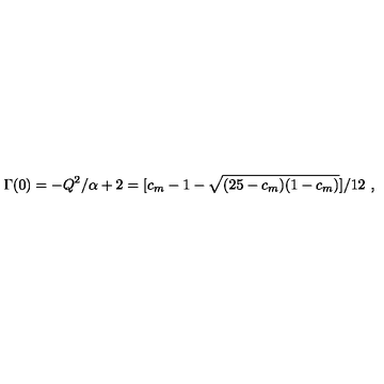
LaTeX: \Gamma ( 0 ) = - Q ^ { 2 } / \alpha + 2 = [ c _ { m } - 1 - \sqrt { ( 2 5 - c _ { m } ) ( 1 - c _ { m } ) } ] / 1 2 \ ,